Mental hospitals Bombay report 1921-28 - 1921-1928
Year: 1921
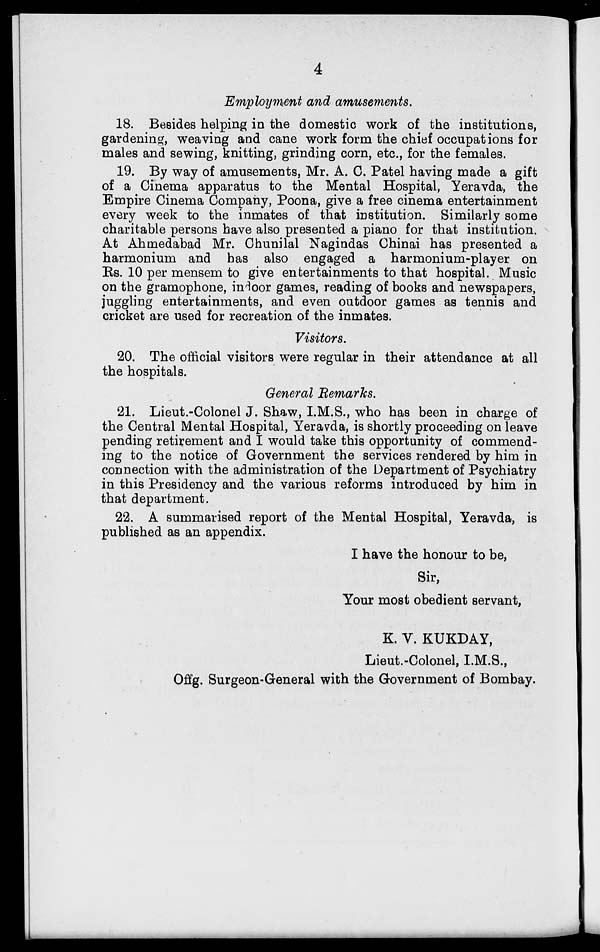
4
Employment and amusements.
18. Besides helping in the domestic work of the institutions,
gardening, weaving and cane work form the chief occupations for
males and sewing, knitting, grinding corn, etc., for the females.
19. By way of amusements, Mr. A. C. Patel having made a gift
of a Cinema apparatus to the Mental Hospital, Yeravda, the
Empire Cinema Company, Poona, give a free cinema entertainment
every week to the inmates of that institution. Similarly some
charitable persons have also presented a piano for that institution.
At Ahmedabad Mr. Chunilal Nagindas Chinai has presented a
harmonium and has also engaged a harmonium-player on
Rs. 10 per mensem to give entertainments to that hospital. Music
on the gramophone, indoor games, reading of books and newspapers,
juggling entertainments, and even outdoor games as tennis and
cricket are used for recreation of the inmates.
Visitors.
20. The official visitors were regular in their attendance at all
the hospitals.
General Remarks.
21. Lieut.-Colonel J. Shaw, I.M.S., who has been in charge of
the Central Mental Hospital, Yeravda, is shortly proceeding on leave
pending retirement and I would take this opportunity of commend-
ing to the notice of Government the services rendered by him in
connection with the administration of the Department of Psychiatry
in this Presidency and the various reforms introduced by him in
that department.
22. A summarised report of the Mental Hospital, Yeravda, is
published as an appendix.
I have the honour to be,
Sir,
Your most obedient servant,
K. V. KUKDAY,
Lieut.-Colonel, I.M.S.,
Offg. Surgeon-General with the Government of Bombay.